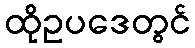
ထိုဥပဒေတွင်